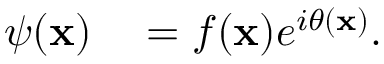
\begin{array} { r l } { \psi ( \mathbf { x } ) } & { { } = f ( \mathbf { x } ) e ^ { i \theta ( \mathbf { x } ) } . } \end{array}